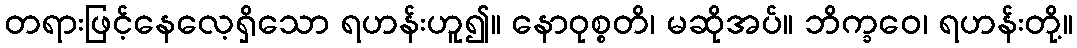
တရားဖြင့်နေလေ့ရှိသော ရဟန်းဟူ၍။ နောဝုစ္စတိ၊ မဆိုအပ်။ ဘိက္ခဝေ၊ ရဟန်းတို့။